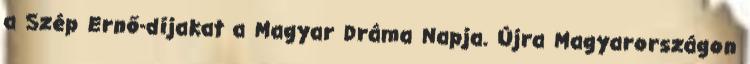
a Szép Ernő-díjakat a Magyar Dráma Napja. Újra Magyarországon